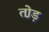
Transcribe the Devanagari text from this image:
तो़ड़